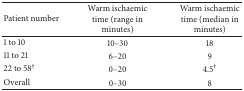
<table><thead><tr><td><b>Patient number</b></td><td><b>Warm ischaemic time (range in minutes)</b></td><td><b>Warm ischaemic time (median in minutes)</b></td></tr></thead><tbody><tr><td>1 to 10</td><td>10–30</td><td>18</td></tr><tr><td>11 to 21</td><td>6–20</td><td>9</td></tr><tr><td>22 to 58<sup>†</sup></td><td>0–20</td><td>4.5<sup>†</sup></td></tr><tr><td>Overall</td><td>0–30</td><td>8</td></tr></tbody></table>